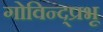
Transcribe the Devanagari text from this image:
गोविन्द्प्रभू